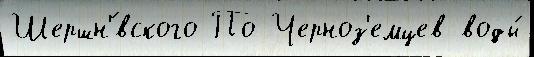
Шершн'́вского По Черноз'емцев воды́